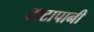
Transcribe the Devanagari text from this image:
टाटापानी